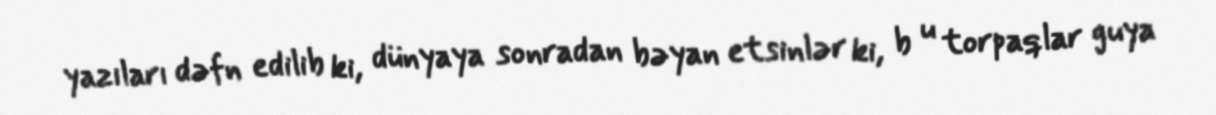
yazıları dəfn edilib ki, dünyaya sonradan bəyan etsinlər ki, b u torpaqlar guya